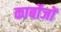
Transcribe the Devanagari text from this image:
कार्बोजों